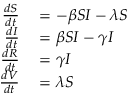
\begin{array} { r l } { \frac { d S } { d t } } & { { } = - \beta S I - \lambda S } \\ { \frac { d I } { d t } } & { { } = \beta S I - \gamma I } \\ { \frac { d R } { d t } } & { { } = \gamma I } \\ { \frac { d V } { d t } } & { { } = \lambda S } \end{array}